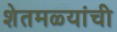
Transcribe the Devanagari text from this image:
शेतमळ्यांची